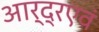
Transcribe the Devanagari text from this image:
आर्द्रएवं